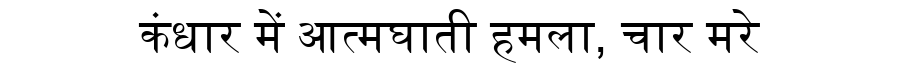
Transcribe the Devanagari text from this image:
कंधार में आत्मघाती हमला, चार मरे